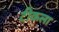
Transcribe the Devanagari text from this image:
टीकला